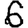
Digit: 6